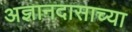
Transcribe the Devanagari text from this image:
अज्ञानदासाच्या